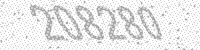
Solution: 208280